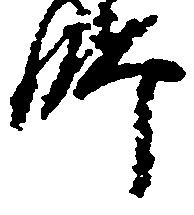
師